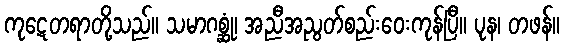
ကုဋေတရာတို့သည်။ သမာဂစ္ဆုံ၊ အညီအညွတ်စည်းဝေးကုန်ပြီ။ ပုန၊ တဖန်။